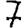
Digit: 7